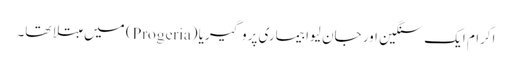
اکرام ایک سنگین اور جان لیوا بیماری پروگیریا (Progeria) میں مبتلا تھا۔